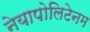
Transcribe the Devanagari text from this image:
नेयापोलिटेनम